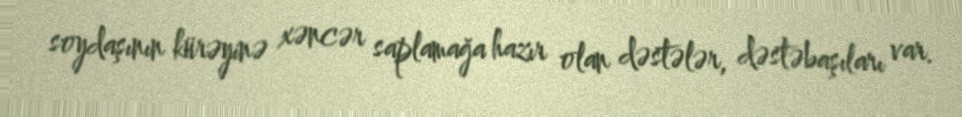
soydaşının kürəyinə xəncər saplamağa hazır olan dəstələr, dəstəbaşıları var.